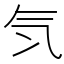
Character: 𣱖